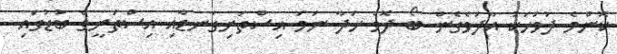
ކޮންމެ ދުވަހަކު އާދަވެގެން ބޯ ދޮވެ ހަދާ ނަމަ އިސްތަށިގަނޑާއި އިސްތަށީގެ ބުޑުގައި